Indian journal of veterinary science and animal husbandry - Volume 5,
Year: 1935
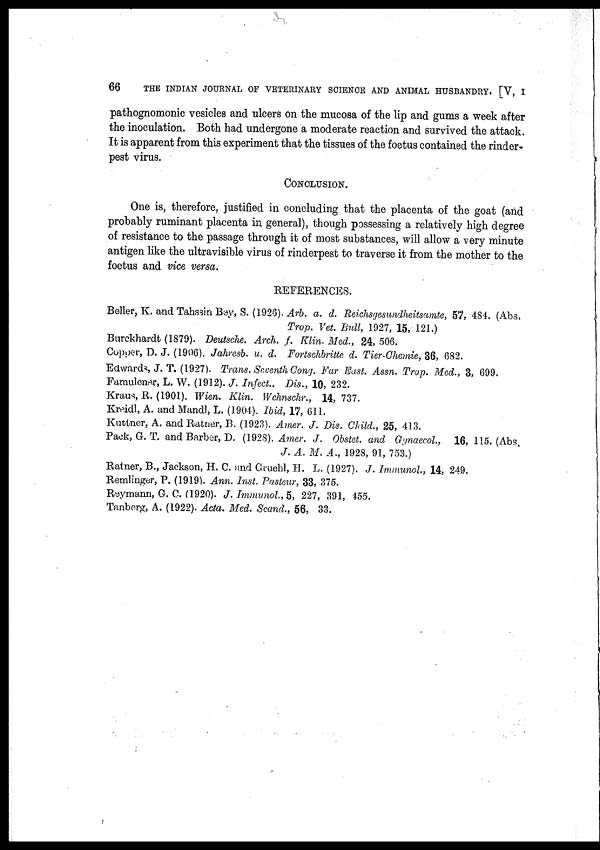
66
THE INDIAN JOURNAL OF VETERINARY SCIENCE AND ANIMAL HUSBANDRY. [V, I
pathognomonic vesicles and ulcers on the mucosa of the lip and gums a week after
the inoculation. Both had undergone a moderate reaction and survived the attack.
It is apparent from this experiment that the tissues of the foetus contained the rinder-
pest virus.
CONCLUSION.
One is, therefore, justified in concluding that the placenta of the goat (and
probably ruminant placenta in general), though possessing a relatively high degree
of resistance to the passage through it of most substances, will allow a very minute
antigen like the ultravisible virus of rinderpest to traverse it from the mother to the
foetus and vice versa.
REFERENCES.
Beller, K. and Tahssin Bey, S. (1926). Arb. a. d. Reichsgesundheitsamte, 57, 484. (Abs.
Trop. Vet. Bull, 1927, 15, 121.)
Burekhardt (1879). Deutsche. Arch. f. Klin. Med., 24, 506.
Copper, D. J. (1906). Jahresb. u. d. Fortschbritte d. Tier-Chemie, 36, 682.
Edwards, J. T. (1927). Trans. Seventh Cong. Far East. Assn. Trop. Med., 3, 699.
Famulener, L. W. (1912). J. Infect.. Dis., 10, 232.
Kraus, R. (1901). Wien. Klin. Wchnschr., 14, 737.
Kreidl, A. and Mandl, L. (1904). Ibid, 17, 611.
Kuttner, A. and Ratner, B. (1923). Amer. J. Dis. Child., 25, 413.
Pack, G. T. and Barber, D. (1928). Amer. J. Obstet. and Gynaecol., 16, 115. (Abs,
J. A. M. A., 1928, 91, 753.)
Ratner, B., Jackson, H. C. and Cruehl, H. L. (1927). J. Immunol., 14, 249.
Remlinger, P. (1919). Ann. Inst. Pasteur, 33, 375.
Reymann, G. C. (1920). J. Immunol, 5, 227, 391, 455.
Tanberg, A. (1922). Acta. Med. Scand., 56, 33.